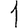
Digit: 1